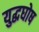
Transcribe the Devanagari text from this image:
युद्धघोष